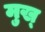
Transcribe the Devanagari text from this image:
मुख्